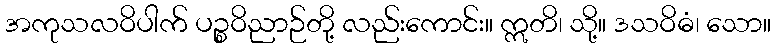
အကုသလဝိပါက် ပဉ္စဝိညာဉ်တို့ လည်းကောင်း။ ဣတိ၊ သို့။ ဒသဝိဓံ၊ သော။